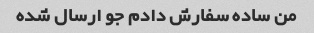
من ساده سفارش دادم جو ارسال شده